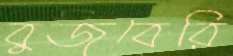
বুজবেরি